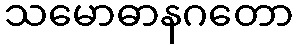
သမောဓာနဂတော